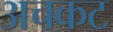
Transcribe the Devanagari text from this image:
अचकट